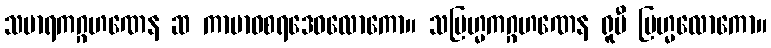
သမာရကဂ္ဂဟဏေန ဆ ကာမာဝစရဒေဝလောကော။ သဗြဟ္မကဂ္ဂဟဏေန ရူပီ ဗြဟ္မလောကော။